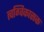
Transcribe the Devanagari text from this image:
त्वग्विकासक